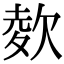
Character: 𣣋